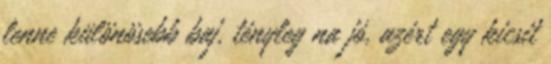
lenne különösebb baj, tényleg na jó, azért egy kicsit